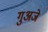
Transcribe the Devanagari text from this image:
गुअजे